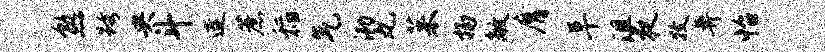
熟跨央斗连蔗稻气泐丸茱扬敞膺阜沮夜牧鼻怡